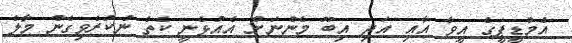
އެމްޑީޕީގެ އީވާ އާއި އަދި އިބޫ މެންނަށް އެއުޅެނީ ކެތް ނުކުރެވިގެން މާލެ